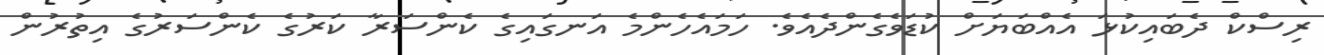
ރިސްކް ދެބައިކުޅަ އެއްބަޔަށް ކުޑަވެގެންދެއެވެ. ހަމައެހެންމެ އަނގައިގެ ކެންސަރާ ކަރުގެ ކެންސަރުގެ އިތުރުން